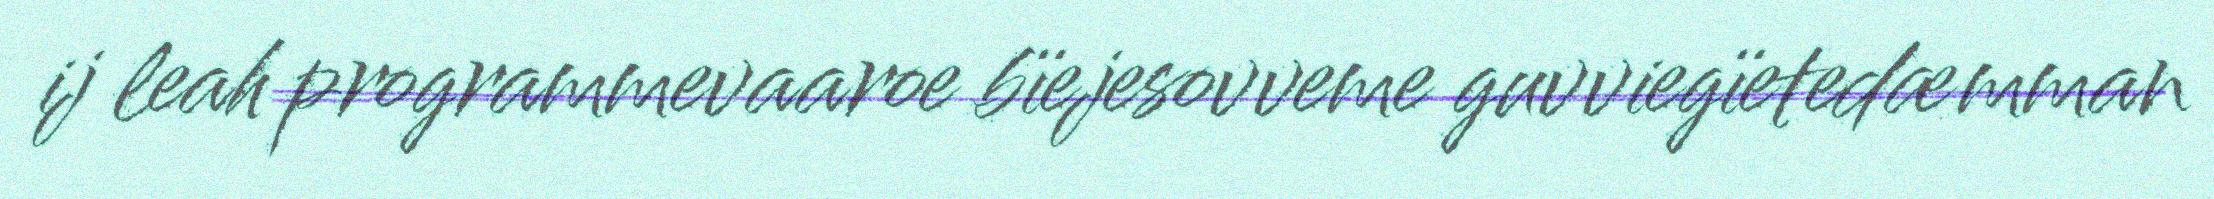
ij leah programmevaaroe bïejesovveme guvviegïetedæmman